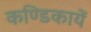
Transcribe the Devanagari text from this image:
कण्डिकायें